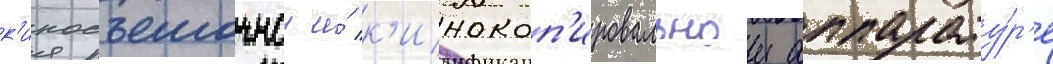
к'иносъемочнои и́ к'инокоп'ировальнои аппарату́р'е